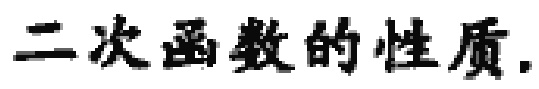
二次函数的性质.